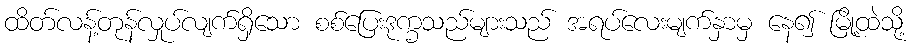
ထိတ်လန့်တုန်လှုပ်လျက်ရှိသော စစ်ပြေးဒုက္ခသည်များသည် အရပ်လေးမျက်နှာမှ နေ၍ မြို့ထဲသို့